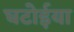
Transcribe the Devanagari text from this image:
घटोईया